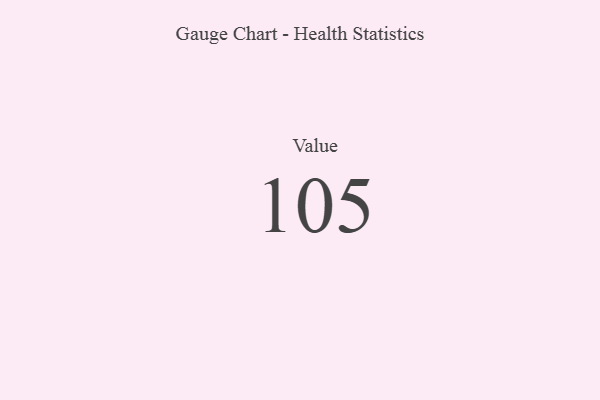
{"axis": {"x": "Metric", "y": "Value"}, "legend": [""], "data": [{"x": "Value", "y": 105, "type": ""}]}